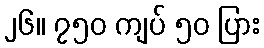
၂၆။ ၇၅၀ ကျပ် ၅၀ ပြား